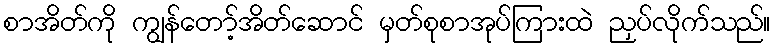
စာအိတ်ကို ကျွန်တော့်အိတ်ဆောင် မှတ်စုစာအုပ်ကြားထဲ ညှပ်လိုက်သည်။